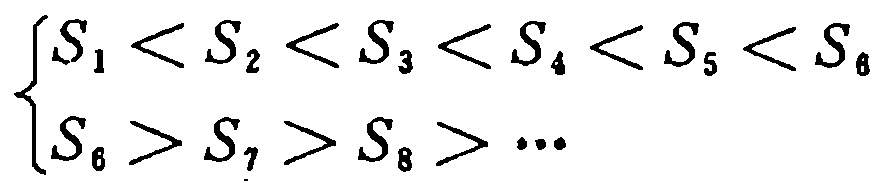
\[\begin{cases}

S_{1} < S_{2} < S_{3} < S_{4} < S_{5} < S_{6} \\

S_{6} > S_{7} > S_{8} > \cdots

\end{cases}\]